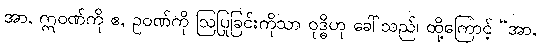
အာ, ဣဝဏ်ကို ဧ, ဥဝဏ်ကို ဩပြုခြင်းကိုသာ ဝုဒ္ဓိဟု ခေါ်သည်၊ ထို့ကြောင့် “အာ,